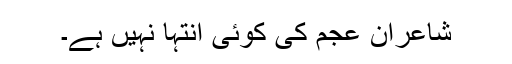
شاعرانِ عجم کی کوئی انتہا نہیں ہے۔